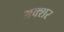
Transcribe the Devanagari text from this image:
अक्शर